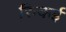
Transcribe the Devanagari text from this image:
रिन्कई